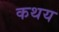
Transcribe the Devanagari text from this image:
कथय